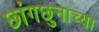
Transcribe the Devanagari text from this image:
छांगछुनाच्या